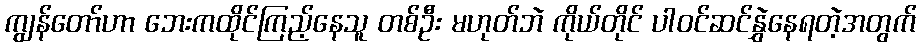
ကျွန်တော်ဟာ ဘေးကထိုင်ကြည့်နေသူ တစ်ဦး မဟုတ်ဘဲ ကိုယ်တိုင် ပါဝင်ဆင်နွှဲနေရတဲ့အတွက်